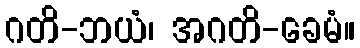
ဂတိ-ဘယံ၊ အဂတိ-ခေမံ။